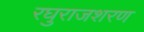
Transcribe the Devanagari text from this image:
रघुराजशरण